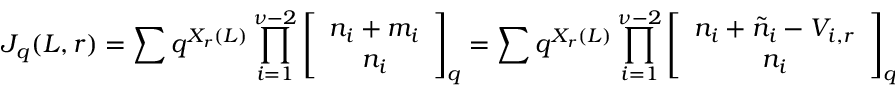
J _ { q } ( L , r ) = \sum q ^ { X _ { r } ( L ) } \prod _ { i = 1 } ^ { \nu - 2 } \left[ \begin{array} { c } { { n _ { i } + m _ { i } } } \\ { { n _ { i } } } \end{array} \right] _ { q } = \sum q ^ { X _ { r } ( L ) } \prod _ { i = 1 } ^ { \nu - 2 } \left[ \begin{array} { c } { { n _ { i } + \tilde { n } _ { i } - V _ { i , r } } } \\ { { n _ { i } } } \end{array} \right] _ { q } ; \; \; L + r \equiv e v e n \; \;